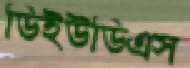
ডিইউডিএস